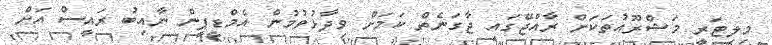
މިލިޓަރީ މަޝްރޫއުތަކަށް ރާއްޖޭގައި ޖާގަނެތް ކަމަށް ވިދާޅުވުމުން އެމްޑީޕީން ނާއިބު ރައީސް އަށް